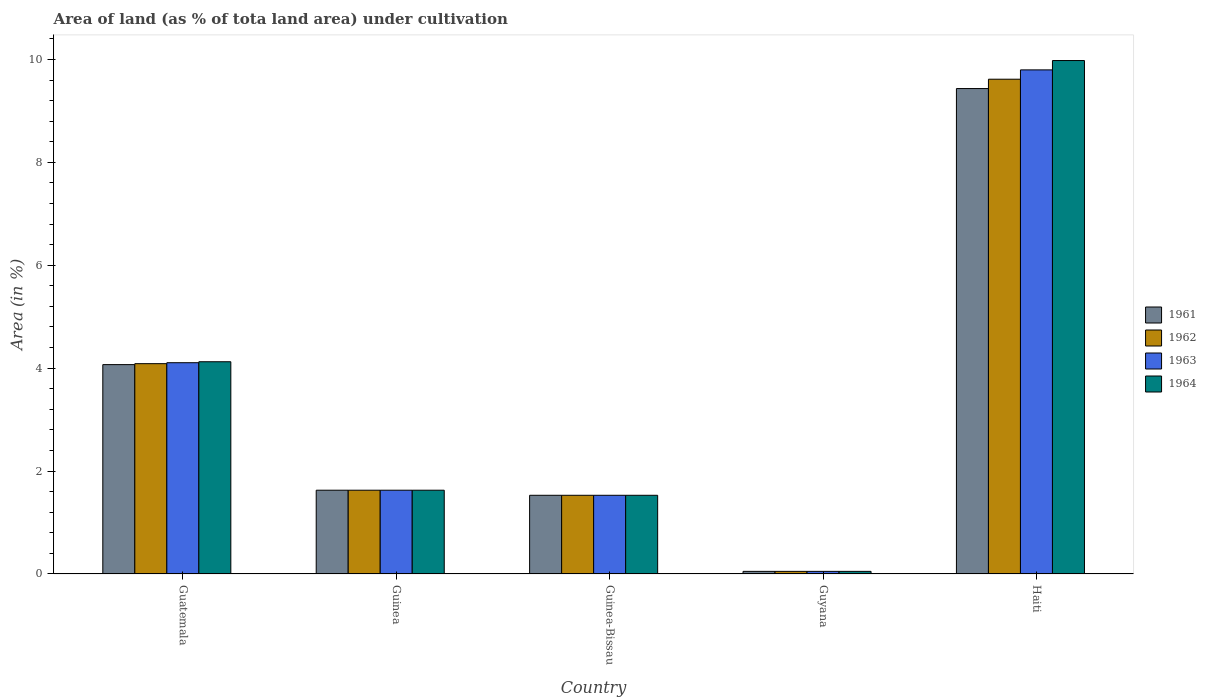
| Country | 1961 | 1962 | 1963 | 1964 |
 | --- | --- | --- | --- | --- |
 | Guatemala | 4.07 | 4.09 | 4.11 | 4.12 |
 | Guinea | 1.63 | 1.63 | 1.63 | 1.63 |
 | Guinea-Bissau | 1.53 | 1.53 | 1.53 | 1.53 |
 | Guyana | 0.0508 | 0.0508 | 0.0508 | 0.0508 |
 | Haiti | 9.43 | 9.62 | 9.8 | 9.98 |